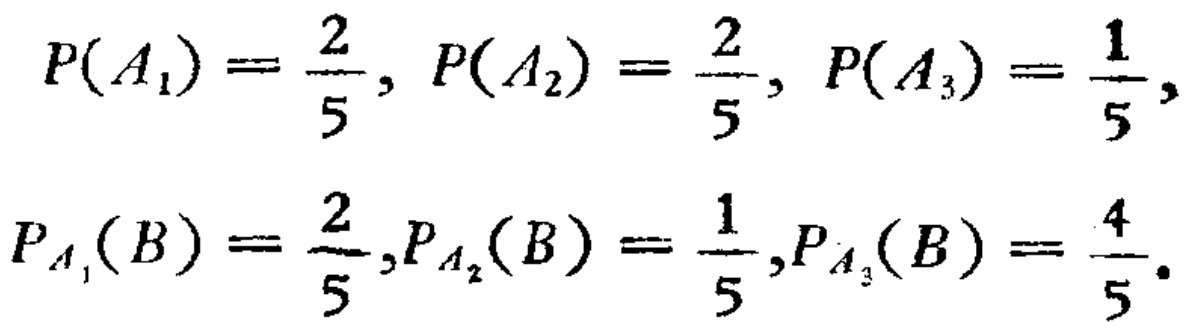
\[

\begin{align*}

P(A_1)&=\frac{2}{5}, P(A_2)=\frac{2}{5}, P(A_3)=\frac{1}{5},\\

P_{A_1}(B)&=\frac{2}{5},P_{A_2}(B)=\frac{1}{5},P_{A_3}(B)=\frac{4}{5}.

\end{align*}

\]